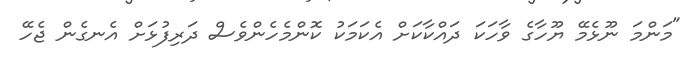
"މަންމަ ނޫޅެމޭ ޔޫހާގެ ވާހަކަ ދައްކާކަށް އެކަމަކު ކޮންމެހެންވެސް ދަރިފުޅަށް އެނގެން ޖެހޭ